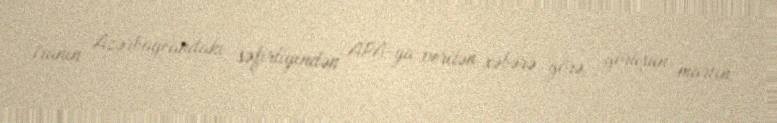
İranın Azərbaycandakı səfirliyindən APA-ya verilən xəbərə görə, görüşün martın